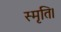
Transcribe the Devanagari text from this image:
स्मृति।